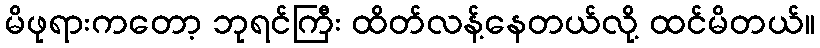
မိဖုရားကတော့ ဘုရင်ကြီး ထိတ်လန့်နေတယ်လို့ ထင်မိတယ်။